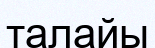
талайы